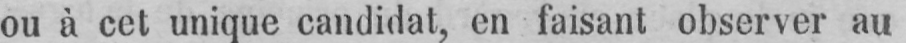
ou à cet unique candidat, en faisant observer au